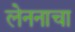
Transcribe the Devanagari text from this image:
लेननाचा